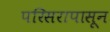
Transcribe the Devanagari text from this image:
परिसरापासून